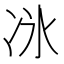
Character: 𫥇